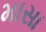
માસા